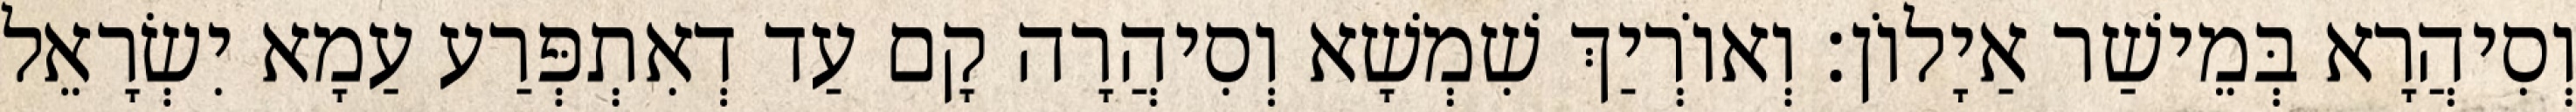
וְסִיהֲרָא בְּמֵישַׁר אַיָלוֹן׃ וְאוֹרְיַךְ שִׁמְשָׁא וְסִיהֲרָה קָם עַד דְאִתְפְּרַע עַמָא יִשְׂרָאֵל